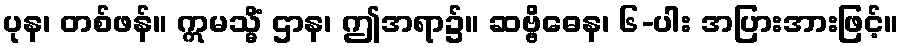
ပုန၊ တစ်ဖန်။ ဣမသ္မိံ ဌာန၊ ဤအရာ၌။ ဆဗ္ဗိဓေန၊ ၆-ပါး အပြားအားဖြင့်။